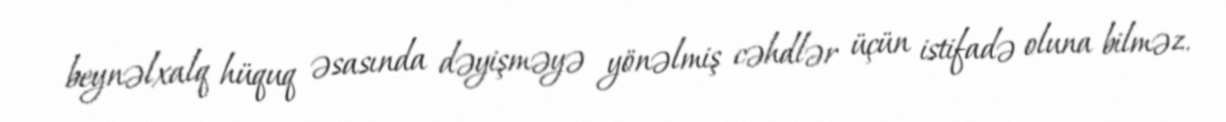
beynəlxalq hüquq əsasında dəyişməyə yönəlmiş cəhdlər üçün istifadə oluna bilməz.